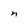
Character: n